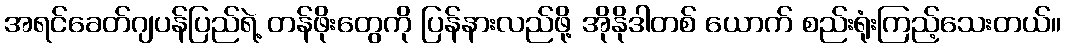
အရင်ခေတ်ဂျပန်ပြည်ရဲ့ တန်ဖိုးတွေကို ပြန်နားလည်ဖို့ အိုနိုဒါတစ် ယောက် စည်းရုံးကြည့်သေးတယ်။